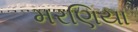
મરણિયા